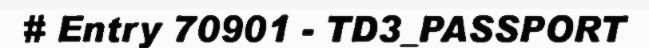
# Entry 70901 - TD3_PASSPORT